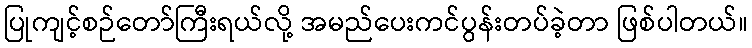
ပြုကျင့်စဉ်တော်ကြီးရယ်လို့ အမည်ပေးကင်ပွန်းတပ်ခဲ့တာ ဖြစ်ပါတယ်။